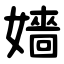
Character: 嬙